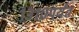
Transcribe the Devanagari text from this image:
१३१०पर्यंत